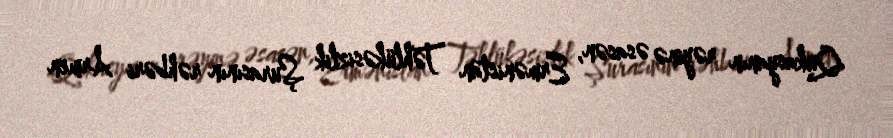
Qukasyanın rəyinə əsasən, Ermənistan Təhlükəsizlik Şurasının rəhbəri Armen